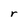
Character: r